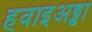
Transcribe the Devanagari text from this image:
हवाइअड्डा